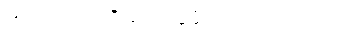
ဟုတ်တယ်၊ အလေးပြုဖို့လည်း ပါတယ်။